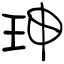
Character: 珅